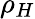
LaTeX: \rho_{H}